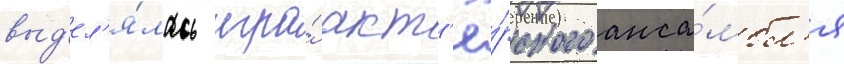
выд'ел'я́лась игра́ акт'ё́рского анса́мбл'я